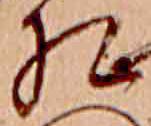
相